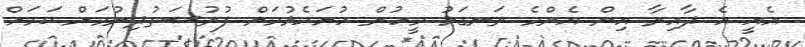
އެއީ އެ ދާއިރާ އިން އެންމެ ރަނގަޅު މީހުން ހުށަހެޅުމަށް ފުރުސަތުދިނުމަށް ކަމަށް